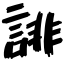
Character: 誹